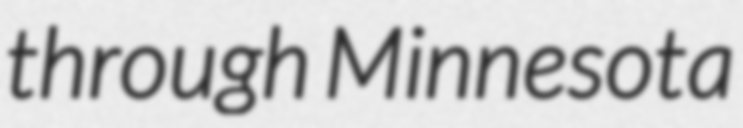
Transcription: through Minnesota